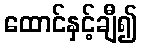
ထောင်နှင့်ချီ၍